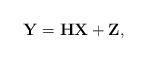
LaTeX: \begin{align*}\mathbf{Y} = \mathbf{H} \mathbf{X} + \mathbf{Z},\end{align*}